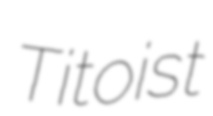
Titoist